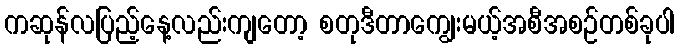
ကဆုန်လပြည့်နေ့လည်းကျတော့ စတုဒီတာကျွေးမယ့်အစီအစဉ်တစ်ခုပါ